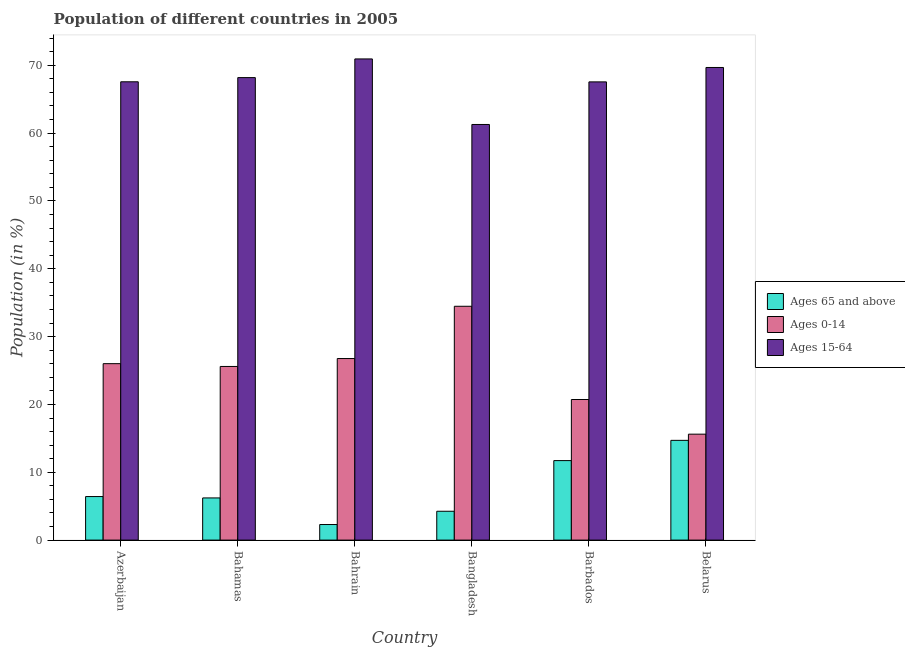
| Country | Ages 65 and above | Ages 0-14 | Ages 15-64 |
 | --- | --- | --- | --- |
 | Azerbaijan | 6.42 | 26 | 67.6 |
 | Bahamas | 6.22 | 25.6 | 68.2 |
 | Bahrain | 2.3 | 26.8 | 70.9 |
 | Bangladesh | 4.25 | 34.5 | 61.3 |
 | Barbados | 11.7 | 20.7 | 67.6 |
 | Belarus | 14.7 | 15.6 | 69.7 |